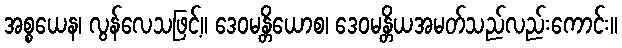
အစ္စယေန၊ လွန်လေသဖြင့်။ ဒေဝမန္တိယောစ၊ ဒေဝမန္တိယအမတ်သည်လည်းကောင်း။